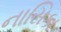
નાસિકા